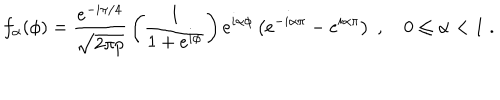
LaTeX: f _ { \alpha } ( \phi ) = { \frac { e ^ { - i \pi / 4 } } { \sqrt { 2 \pi p } } } \left( { \frac { 1 } { 1 + e ^ { i \phi } } } \right) e ^ { i \alpha \phi } \left( e ^ { - i \alpha \pi } - e ^ { i \alpha \pi } \right) \; , \quad 0 \le \alpha < 1 \; .